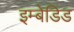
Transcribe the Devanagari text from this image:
इम्बेडिड